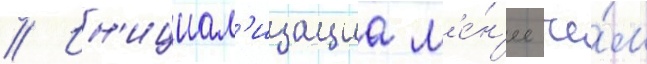
// Ин'ициал'изациа м'е́н'ее че́м